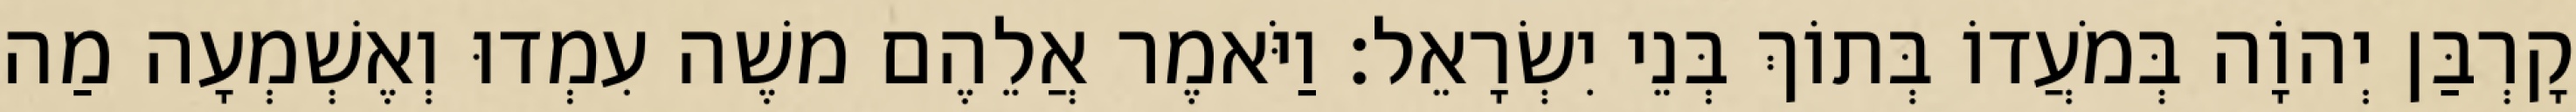
קָרְבַּן יְהוָֹה בְּמֹעֲדוֹ בְּתוֹךְ בְּנֵי יִשְׂרָאֵל׃ וַיֹּאמֶר אֲלֵהֶם משֶׁה עִמְדוּ וְאֶשְׁמְעָה מַה